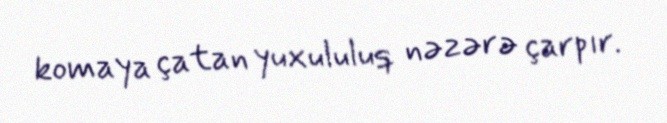
komaya çatan yuxululuq nəzərə çarpır.